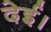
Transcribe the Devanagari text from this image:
देई।